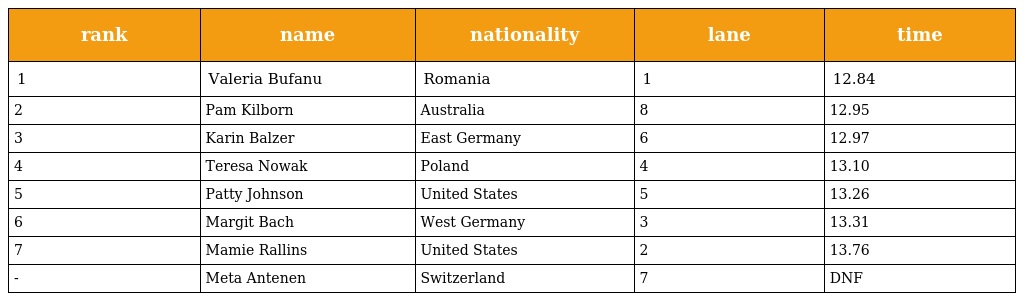
| rank | name | nationality | lane | time |
 | --- | --- | --- | --- | --- |
 | 1 | Valeria Bufanu | Romania | 1 | 12.84 |
 | 2 | Pam Kilborn | Australia | 8 | 12.95 |
 | 3 | Karin Balzer | East Germany | 6 | 12.97 |
 | 4 | Teresa Nowak | Poland | 4 | 13.10 |
 | 5 | Patty Johnson | United States | 5 | 13.26 |
 | 6 | Margit Bach | West Germany | 3 | 13.31 |
 | 7 | Mamie Rallins | United States | 2 | 13.76 |
 | - | Meta Antenen | Switzerland | 7 | DNF |